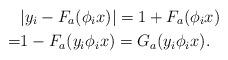
LaTeX: \begin{align*}&|y_i-F_a(\phi_i x)|=1+F_a(\phi_i x)\\=&1-F_a(y_i\phi_i x)=G_a(y_i\phi_i x).\end{align*}